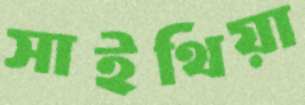
সাইথিয়া